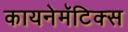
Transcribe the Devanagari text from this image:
कायनेमॅटिक्स